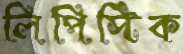
লিপিস্টিক